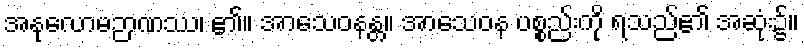
အနုလောမဉာဏဿ၊ ၏။ အာသေဝနန္တ။ အာသေဝန ပစ္စည်းကို ရသည်၏ အဆုံး၌။